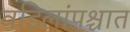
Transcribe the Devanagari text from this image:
वडिलांपश्चात